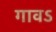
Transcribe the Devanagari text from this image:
गावऽ